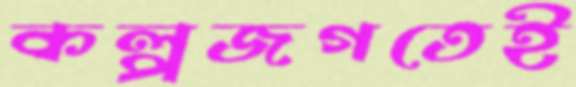
কল্পজগতেই